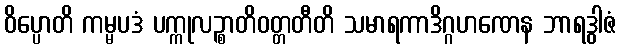
ဝိပ္ပောတိ ကမ္မပဒံ ပက္ကုလဉ္စာတိဝတ္တတီတိ သမာရကာဒိဂ္ဂဟဏေန ဘာရဒွါဇံ